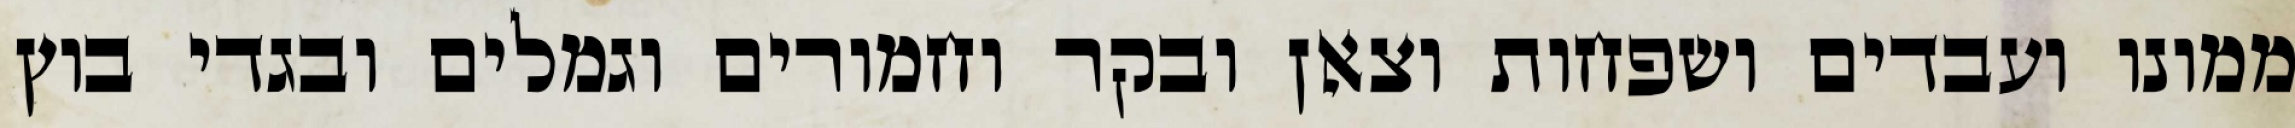
ממונו ועבדים ושפחות וצאן ובקר וחמורים וגמלים ובגדי בוץ